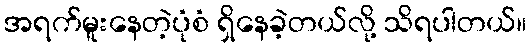
အရက်မူးနေတဲ့ပုံစံ ရှိနေခဲ့တယ်လို့ သိရပါတယ်။